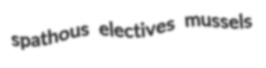
spathous electives mussels